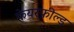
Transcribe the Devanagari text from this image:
फेयरफ़ील्ड